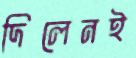
দিলেনই